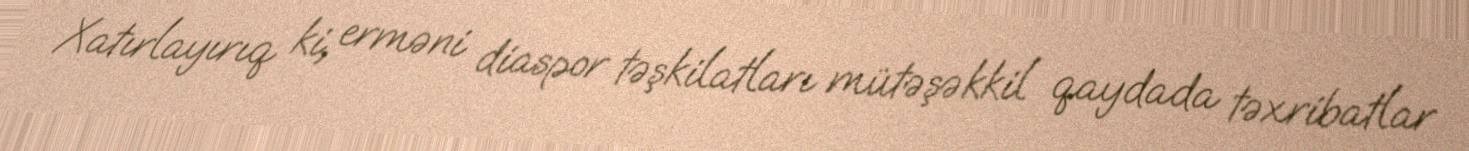
Xatırlayırıq ki, erməni diaspor təşkilatları mütəşəkkil qaydada təxribatlar